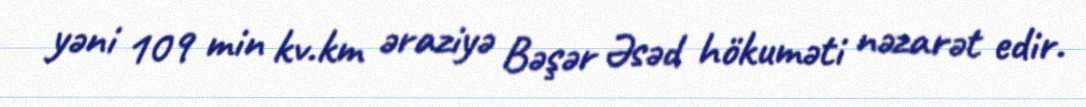
yəni 109 min kv.km əraziyə Bəşər Əsəd hökuməti nəzarət edir.